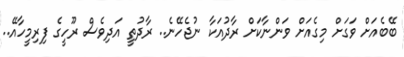
ބޭބެއަށް ވަގަށް މިގެއަށް ވަންނާކަށް ރާދުއަކާ ނުޖެހޭނެ.. ރާދުތީ އަދިވެސް ރޫހީގެ ފިރިމީހާއޭ..